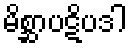
မိစ္ဆာပဋိပဒါ